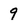
Character: 9